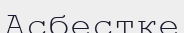
Асбестке